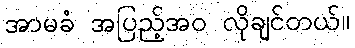
အာမခံ အပြည့်အဝ လိုချင်တယ်။